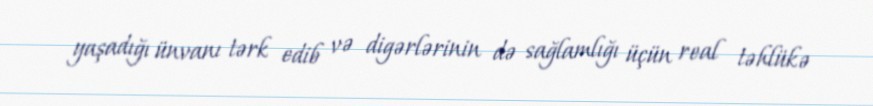
yaşadığı ünvanı tərk edib və digərlərinin də sağlamlığı üçün real təhlükə